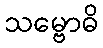
သမ္ဗောဓိ